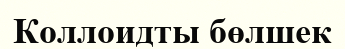
Коллоидты бөлшек